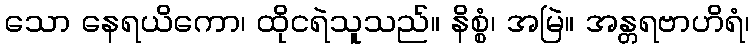
သော နေရယိကော၊ ထိုငရဲသူသည်။ နိစ္စံ၊ အမြဲ။ အန္တရဗာဟိရံ၊